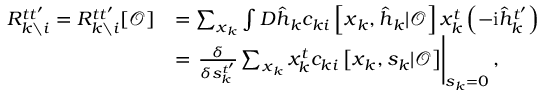
\begin{array} { r l } { R _ { k \setminus i } ^ { t t ^ { \prime } } = R _ { k \setminus i } ^ { t t ^ { \prime } } [ \boldsymbol { \mathcal { O } } ] } & { = \sum _ { \boldsymbol { x } _ { k } } \int D \hat { \boldsymbol { h } } _ { k } c _ { k i } \left[ \boldsymbol { x } _ { k } , \hat { \boldsymbol { h } } _ { k } | \boldsymbol { \mathcal { O } } \right] x _ { k } ^ { t } \left( - \mathrm { i } \hat { h } _ { k } ^ { t ^ { \prime } } \right) } \\ & { = \left. \frac { \delta } { \delta { s } _ { k } ^ { t ^ { \prime } } } \sum _ { \boldsymbol { x } _ { k } } x _ { k } ^ { t } c _ { k i } \left[ \boldsymbol { x } _ { k } , \boldsymbol { s } _ { k } | \boldsymbol { \mathcal { O } } \right] \right| _ { s _ { k } = 0 } , } \end{array}